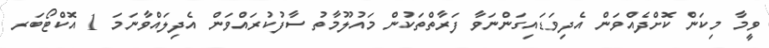
ވީމާ މިކަން ކޮށްދެއްވަން އެދިވަޑައިގަންނަވާ ފަރާތްތަކުން މައުލޫމާތު ސާފުކުރައްވަން އެދިލައްވާނަމަ 1 އޮކްޓޯބަރ